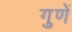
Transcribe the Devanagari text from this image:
गुणें